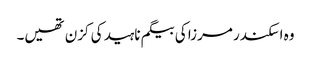
وہ اسکندر مرزا کی بیگم ناہید کی کزن تھیں۔